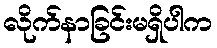
လိုက်နာခြင်းမရှိပါက